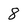
Character: 8